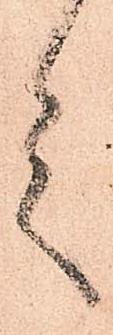
言